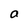
Character: a